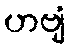
ဟဗျံ